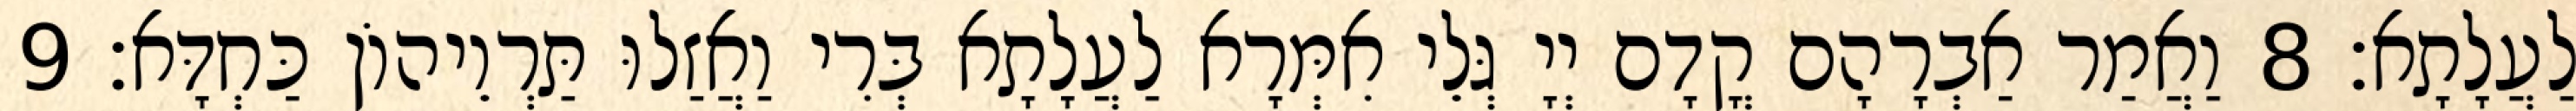
לַעֲלָתָא׃ 8 וַאֲמַר אַבְרָהָם קֳדָם יְיָ גְּלֵי אִמְּרָא לַעֲלָתָא בְּרִי וַאֲזַלוּ תַּרְוֵיהוֹן כַּחְדָּא׃ 9